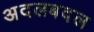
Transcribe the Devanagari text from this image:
अदलबदल